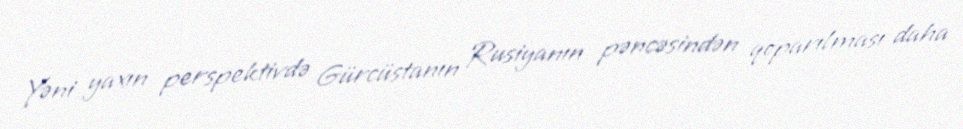
Yəni yaxın perspektivdə Gürcüstanın Rusiyanın pəncəsindən qoparılması daha